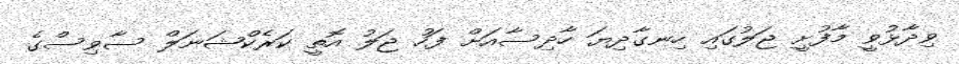
ވިދާޅުވީ މާފުށީ ޖަލުގައި ހިނގާދިޔަ ހާދިސާއަށް ފަހު ޖަލު އޮތީ ކަރެކްޝަނަލް ސާވިސްގެ